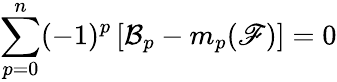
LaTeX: \sum_{p=0}^{n}(-1)^{p}\left[\mathcal{B}_{p}-m_{p}(\mathscr{F})\right]=0